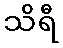
သိရီ